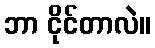
ဘာ ငိုင်တာလဲ။